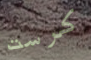
كرست